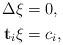
LaTeX: \begin{align*}\begin{aligned}\Delta \xi &= 0, \\\mathbf{t}_i \xi &= c_i ,\end{aligned} \end{align*}